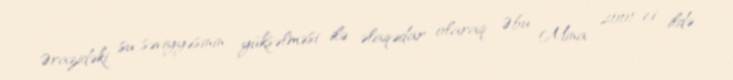
Ərazidəki su səviyyəsinin yüksəlməsi ilə əlaqədar olaraq Əbu Mina 2001-ci ildə